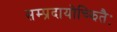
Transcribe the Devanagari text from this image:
सम्प्रदायोच्झितैः